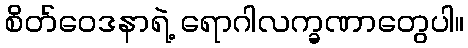
စိတ်ဝေဒနာရဲ့ ရောဂါလက္ခဏာတွေပါ။